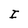
Character: I